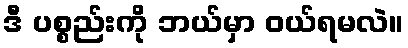
ဒီ ပစ္စည်းကို ဘယ်မှာ ဝယ်ရမလဲ။